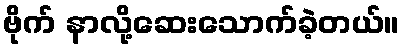
ဗိုက် နာလို့ဆေးသောက်ခဲ့တယ်။